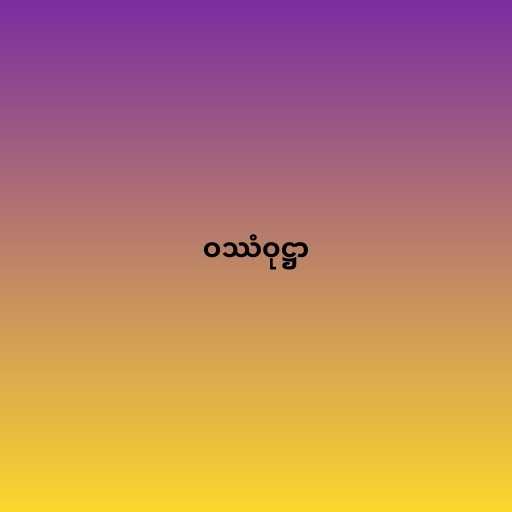
ဝဿံဝုဋ္ဌာ